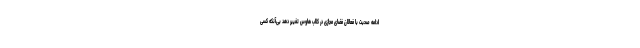
ادامه صحبت با فعالان فضای مجازی در کلاب هاوس تغییر دهد بی‌آنکه کسی